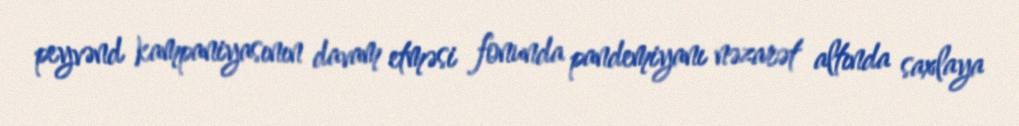
peyvənd kampaniyasının davam etməsi fonunda pandemiyanı nəzarət altında saxlaya